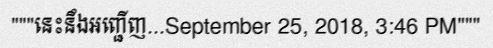
"""នេះនឹងអញ្ជើញ...September 25, 2018, 3:46 PM"""